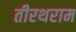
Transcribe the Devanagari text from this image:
तीरथराम